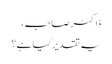
ڈاکٹر صاحب ،
یہ تقدیر کیا ہے؟